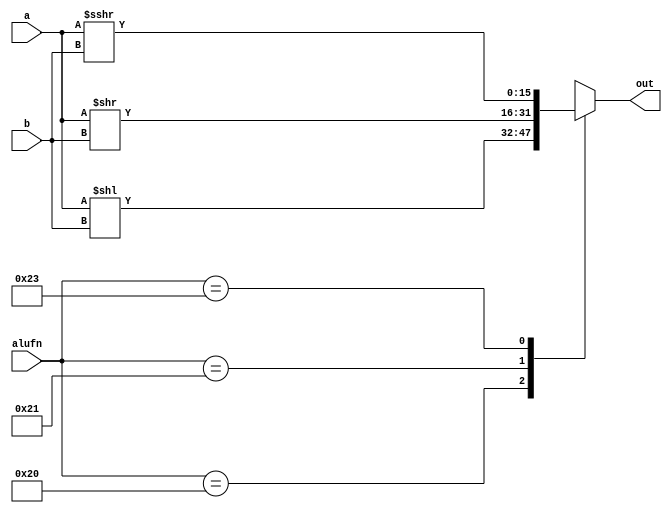
/*
   This file was generated automatically by the Mojo IDE version B1.3.6.
   Do not edit this file directly. Instead edit the original Lucid source.
   This is a temporary file and any changes made to it will be destroyed.
*/

module shifter_119 (
    input [15:0] a,
    input [4:0] b,
    input [5:0] alufn,
    output reg [15:0] out
  );
  
  
  
  always @* begin
    out = 16'bxxxxxxxxxxxxxxxx;
    
    case (alufn)
      6'h20: begin
        out = a << b;
      end
      6'h21: begin
        out = a >> b;
      end
      6'h23: begin
        out = $signed(a) >>> b;
      end
    endcase
  end
endmodule